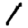
Digit: 1